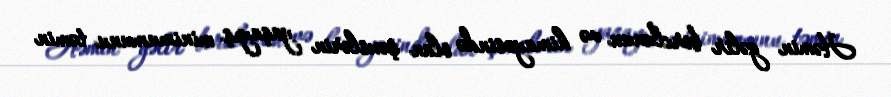
Həmin gəlir borclunun və himayəsində olan şəxslərin yaşayış minimumunu təmin